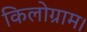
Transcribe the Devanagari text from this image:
किलोग्राम।